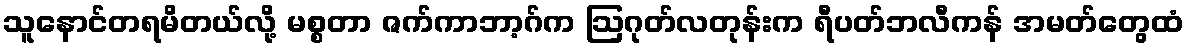
သူနောင်တရမိတယ်လို့ မစ္စတာ ဇက်ကာဘာ့ဂ်က ဩဂုတ်လတုန်းက ရီပတ်ဘလီကန် အမတ်တွေထံ